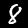
Digit: 8